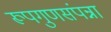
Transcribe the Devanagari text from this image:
रूपगुणसंपन्ना